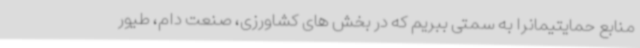
منابع حمایتیمانرا به سمتی ببریم که در بخش های کشاورزی، صنعت دام، طیور